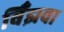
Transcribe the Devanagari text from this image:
बिँझवा